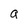
Character: a